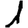
Digit: 1